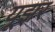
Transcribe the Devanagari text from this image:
यूझर